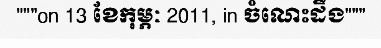
"""on 13 ខែកុម្ភៈ 2011, in ចំណេះដឹង"""